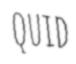
QUID